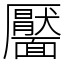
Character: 靨